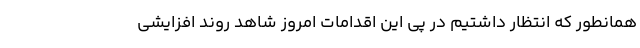
همانطور که انتظار داشتیم در پی این اقدامات امروز شاهد روند افزایشی